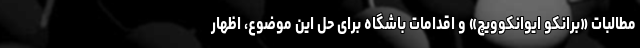
مطالبات «برانکو ایوانکوویچ» و اقدامات باشگاه برای حل این موضوع، اظهار